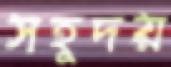
সহূদয়